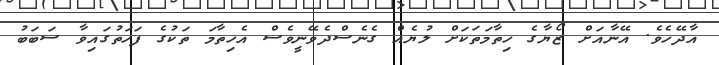
އާދޭހެވެ. އޭނާއަށް ޒޯޔާގެ ހިތާމަތަކަށް ލުޔެއް ގެނެސްދެވޭނީވެސް އެހިތާމަ ތަކުގެ ފަހަތުގައިވާ ސަބަބު